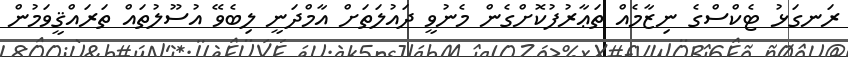
ރަނގަޅު ޓެކްސްގެ ނިޒާމެއް ތަޢާރުފުކޮށްގެން މެނުވީ ދައުލަތަށް އާމްދަނީ ލިބެވޭ އުސޫލުތައް ތަރައްޤީވަމުން